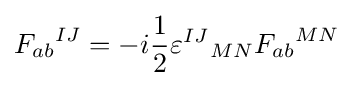
{F_{ab}}^{IJ}=-i{1 \over 2}{\varepsilon ^{IJ}}_{MN}{F_{ab}}^{MN}